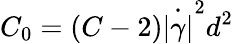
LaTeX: C_{0}=(C-2)\dot{|\gamma|}^{2}d^{2}